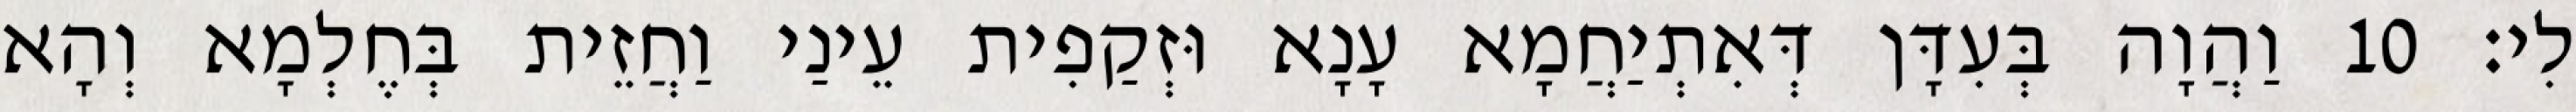
לִי׃ 10 וַהֲוָה בְּעִדָּן דְּאִתְיַחֲמָא עָנָא וּזְקַפִית עֵינַי וַחֲזֵית בְּחֶלְמָא וְהָא